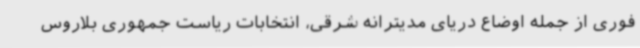
فوری از جمله اوضاع دریای مدیترانه شرقی، انتخابات ریاست جمهوری بلاروس